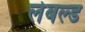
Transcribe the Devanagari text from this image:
लेबल्ड